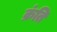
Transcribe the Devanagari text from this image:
क्रंति